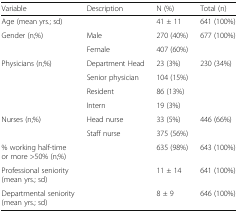
<table><thead><tr><td><b>Variable</b></td><td><b>Description</b></td><td><b>N (%)</b></td><td><b>Total (n)</b></td></tr></thead><tbody><tr><td>Age (mean yrs.; sd)</td><td></td><td>41 ± 11</td><td>641 (100%)</td></tr><tr><td rowspan="2">Gender (n;%)</td><td>Male</td><td>270 (40%)</td><td>677 (100%)</td></tr><tr><td>Female</td><td>407 (60%)</td><td></td></tr><tr><td rowspan="4">Physicians (n;%)</td><td>Department Head</td><td>23 (3%)</td><td rowspan="4">230 (34%)</td></tr><tr><td>Senior physician</td><td>104 (15%)</td></tr><tr><td>Resident</td><td>86 (13%)</td></tr><tr><td>Intern</td><td>19 (3%)</td></tr><tr><td rowspan="2">Nurses (n;%)</td><td>Head nurse</td><td>33 (5%)</td><td rowspan="2">446 (66%)</td></tr><tr><td>Staff nurse</td><td>375 (56%)</td></tr><tr><td>% working half-time or more &gt;50% (n;%)</td><td></td><td>635 (98%)</td><td>643 (100%)</td></tr><tr><td>Professional seniority (mean yrs.; sd)</td><td></td><td>11 ± 14</td><td>641 (100%)</td></tr><tr><td>Departmental seniority (mean yrs.; sd)</td><td></td><td>8 ± 9</td><td>646 (100%)</td></tr></tbody></table>